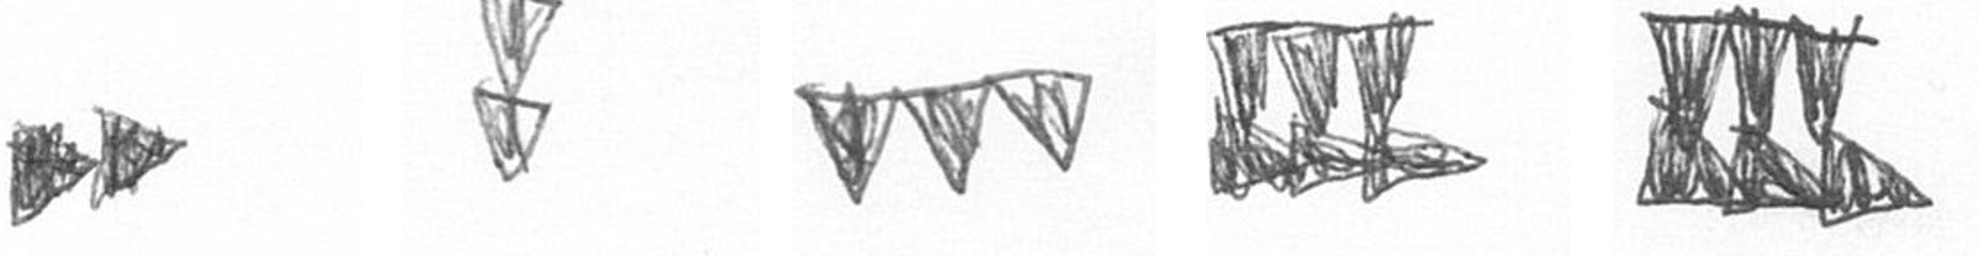
A Z L D D